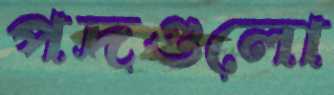
পদগুলো